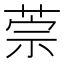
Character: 萗